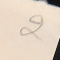
2